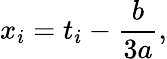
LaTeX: x_{i}=t_{i}-{\frac{b}{3a}},